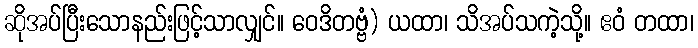
ဆိုအပ်ပြီးသောနည်းဖြင့်သာလျှင်။ ဝေဒိတဗ္ဗံ) ယထာ၊ သိအပ်သကဲ့သို့။ ဧဝံ တထာ၊